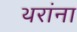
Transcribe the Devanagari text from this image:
थरांना